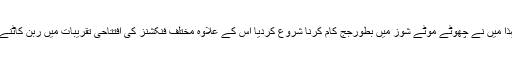
تاہم ایک بچے کے ساتھ فلموں میں کام کرنا بے حد مشکل ہے کیونکہ آپ کو بہت سارا وقت دینا پڑتا ہے لہذا میں نے چھوٹے موٹے شوز میں بطورجج کام کرنا شروع کردیا اس کے علاوہ مختلف فنکشنز کی افتتاحی تقریبات میں ربن کاٹنے کاکام بھی کرتی رہی اس طرح مجھے گزر بسر کرنے کے لیے کم وقت میں جلدی پیسے مل جاتے تھے۔